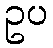
ဥပ